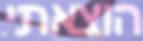
הוצאתי